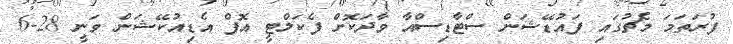
ފުރަތަމަ މެޗުގައި ފައުޑޭޝަން ސްޓާޑިސްއާ ވާދަކޮށް ފެކަލްޓީ އޮފް އެޑިއުކޭޝަން ވަނީ 28-6